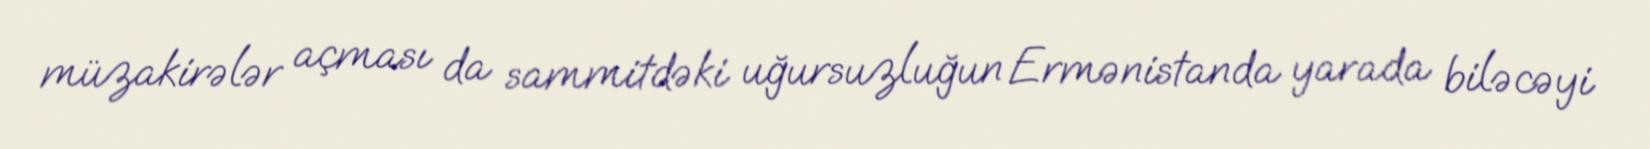
müzakirələr açması da sammitdəki uğursuzluğun Ermənistanda yarada biləcəyi